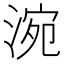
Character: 涴